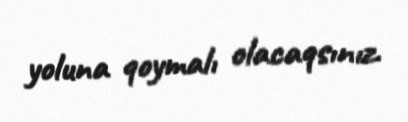
yoluna qoymalı olacaqsınız.